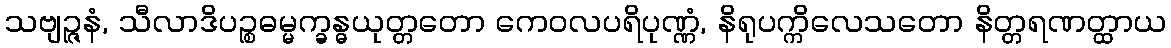
သဗျဉ္ဇနံ, သီလာဒိပဉ္စဓမ္မက္ခန္ဓယုတ္တတော ကေဝလပရိပုဏ္ဏံ, နိရုပက္ကိလေသတော နိတ္တရဏတ္ထာယ